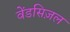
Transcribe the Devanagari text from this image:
वेंडसिज़ल